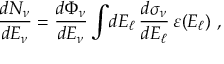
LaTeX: \frac { d N _ { \nu } } { d E _ { \nu } } = \frac { d \Phi _ { \nu } } { d E _ { \nu } } \int \! d E _ { \ell } \, \frac { d \sigma _ { \nu } } { d E _ { \ell } } \, \varepsilon ( E _ { \ell } ) \ ,